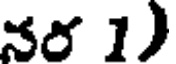
నర 1)